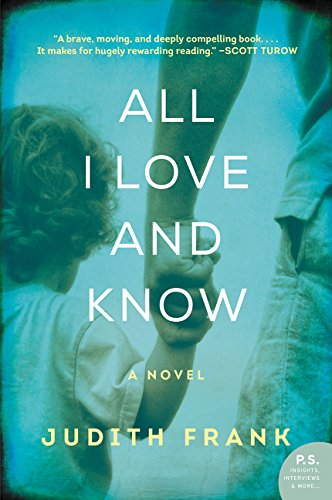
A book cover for All I Love and Know: A Novel; Judith Frank; Literature & Fiction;